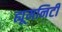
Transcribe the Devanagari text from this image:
ह्यूमनिटी